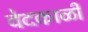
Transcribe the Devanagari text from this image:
वेदकाळी